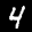
Label: 4